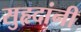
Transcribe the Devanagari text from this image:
सुहृदांनी